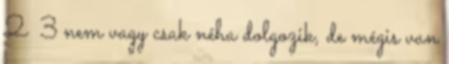
2 3 nem vagy csak néha dolgozik, de mégis van